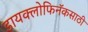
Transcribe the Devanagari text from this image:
डायक्लोफिनॅकसाठी